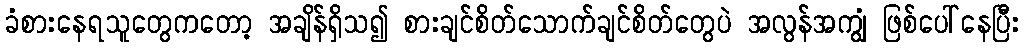
ခံစားနေရသူတွေကတော့ အချိန်ရှိသ၍ စားချင်စိတ်သောက်ချင်စိတ်တွေပဲ အလွန်အကျွံ ဖြစ်ပေါ်နေပြီး